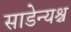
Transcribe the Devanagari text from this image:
साडेन्यश्च